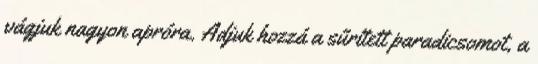
vágjuk nagyon apróra. Adjuk hozzá a sűrített paradicsomot, a